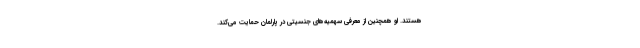
هستند. او همچنین از معرفی سهمیه‌های جنسیتی در پارلمان حمایت می‌کند.